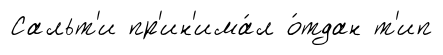
Сальт'и пр'ин'има́л о́тдан т'ип